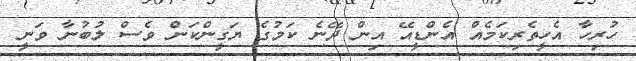
ހުރިހާ އެހީތެރިކަމެއް އެންޑީއޭ އިން ދޭނެ ކަމުގެ ޔަގީންކަން ވެސް ލުބުނާ ވަނީ